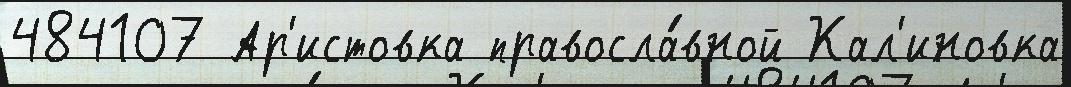
484107 Ар'истовка правосла́вной Кал'иновка